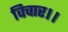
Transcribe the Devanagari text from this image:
विचार।।